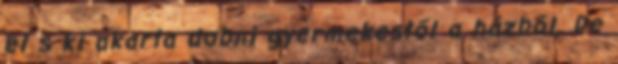
el s ki akarta dobni gyermekestől a házból. De